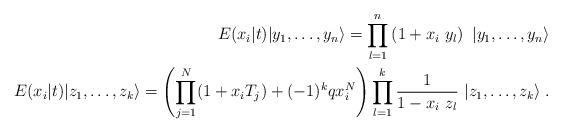
LaTeX: \begin{align*}E(x_{i}|t)|y_{1},\ldots ,y_{n}\rangle =\prod_{l=1}^{n}\left(1+x_{i}~y_{l}\right) ~|y_{1},\ldots ,y_{n}\rangle \\E(x_{i}|t)|z_{1},\ldots ,z_{k}\rangle =\left(\prod_{j=1}^{N}(1+x_{i}T_{j})+(-1)^{k}qx_{i}^{N}\right) \prod_{l=1}^{k}\frac{1}{1-x_{i}~z_{l}}~|z_{1},\ldots ,z_{k}\rangle \;. \end{align*}